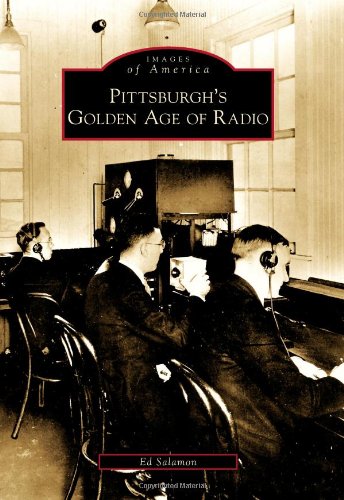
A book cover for Pittsburgh's Golden Age of Radio (Images of America) (Images of America (Arcadia Publishing)); Ed Salamon; Humor & Entertainment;